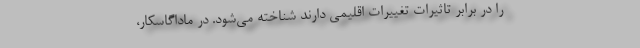
را در برابر تاثیرات تغییرات اقلیمی دارند شناخته می‌شود. در ماداگاسکار،